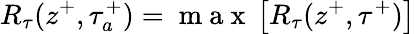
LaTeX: R_{\tau}(z^{+},\tau_{a}^{+})=\mathrm{~m~a~x~}\left[R_{\tau}(z^{+},\tau^{+})\right]